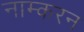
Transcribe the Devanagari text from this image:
नाम्करन